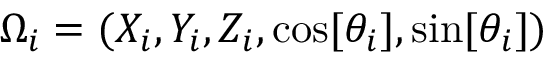
\Omega _ { i } = ( X _ { i } , Y _ { i } , Z _ { i } , \cos [ \theta _ { i } ] , \sin [ \theta _ { i } ] )